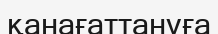
қанағаттануға